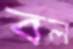
বল